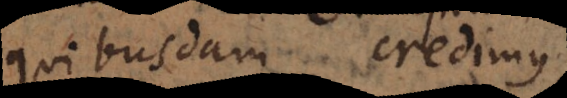
quibusdam credimus,